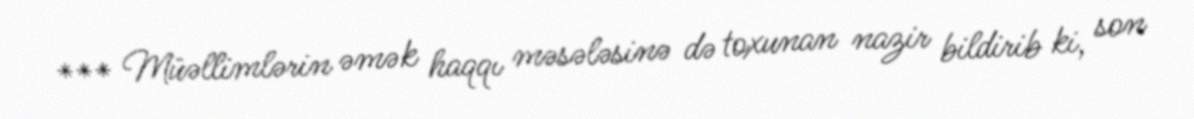
*** Müəllimlərin əmək haqqı məsələsinə də toxunan nazir bildirib ki, son